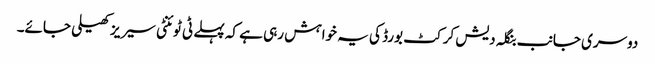
دوسری جانب بنگلہ دیش کرکٹ بورڈ کی یہ خواہش رہی ہے کہ پہلے ٹی ٹوئنٹی سیریز کھیلی جائے۔